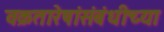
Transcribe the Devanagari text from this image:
वक्रतारेषांसंबंधीच्या